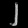
Digit: ၂